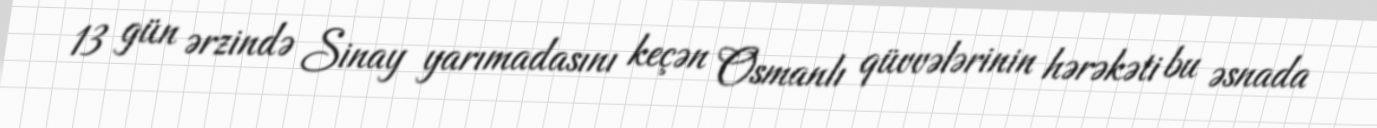
13 gün ərzində Sinay yarımadasını keçən Osmanlı qüvvələrinin hərəkəti bu əsnada